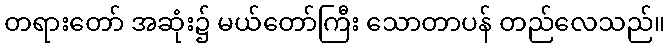
တရားတော် အဆုံး၌ မယ်တော်ကြီး သောတာပန် တည်လေသည်။